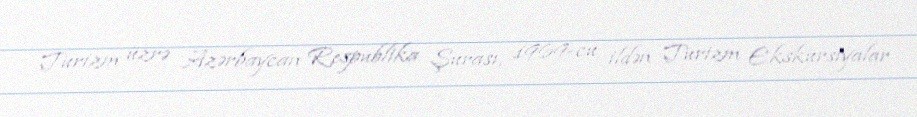
Turizm üzrə Azərbaycan Respublika Şurası, 1969-cu ildən Turizm Ekskursiyalar